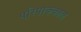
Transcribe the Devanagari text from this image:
परिपाककाल